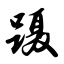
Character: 蹑